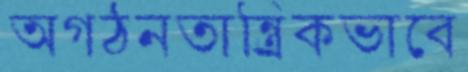
অগঠনতান্ত্র্রিকভাবে